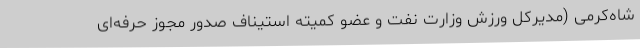
شاه‌کرمی (مدیرکل ورزش وزارت نفت و عضو کمیته استیناف صدور مجوز حرفه‌ای